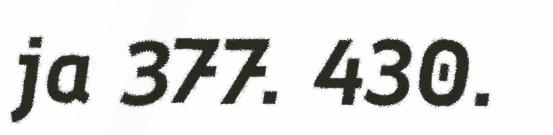
ja 377. 430.